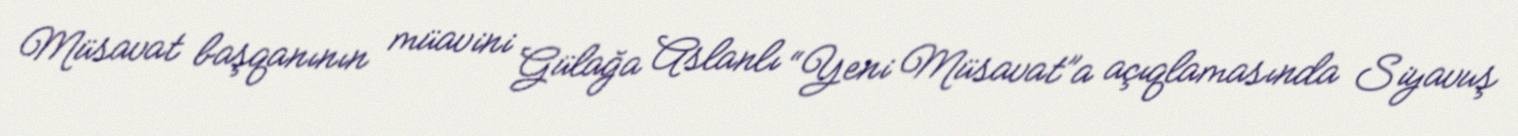
Müsavat başqanının müavini Gülağa Aslanlı “Yeni Müsavat”a açıqlamasında Siyavuş